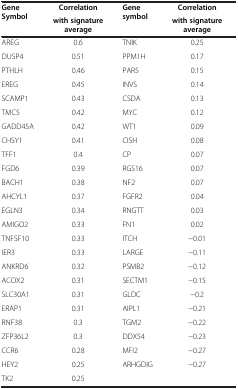
| <ROWSPAN=2> Gene Symbol | Correlation | <ROWSPAN=2> Gene symbol | Correlation |
 | with signature average | with signature average |
 | --- | --- | --- | --- |
 | AREG | 0.6 | TNIK | 0.25 |
 | DUSP4 | 0.51 | PPM1H | 0.17 |
 | PTHLH | 0.46 | PAR5 | 0.15 |
 | EREG | 0.45 | INVS | 0.14 |
 | SCAMP1 | 0.43 | CSDA | 0.13 |
 | TMC5 | 0.42 | MYC | 0.12 |
 | GADD45A | 0.42 | WT1 | 0.09 |
 | CHSY1 | 0.41 | CISH | 0.08 |
 | TFF1 | 0.4 | CP | 0.07 |
 | FGD6 | 0.39 | RGS16 | 0.07 |
 | BACH1 | 0.38 | NF2 | 0.07 |
 | AHCYL1 | 0.37 | FGFR2 | 0.04 |
 | EGLN3 | 0.34 | RNGTT | 0.03 |
 | AMIGO2 | 0.33 | FN1 | 0.02 |
 | TNFSF10 | 0.33 | ITCH | −0.01 |
 | IER3 | 0.33 | LARGE | −0.11 |
 | ANKRD6 | 0.32 | PSMB2 | −0.12 |
 | ACOX2 | 0.31 | SECTM1 | −0.15 |
 | SLC30A1 | 0.31 | GLDC | −0.2 |
 | ERAP1 | 0.31 | AIPL1 | −0.21 |
 | RNF38 | 0.3 | TGM2 | −0.22 |
 | ZFP36L2 | 0.3 | DDX54 | −0.23 |
 | CCR6 | 0.28 | MFI2 | −0.27 |
 | HEY2 | 0.25 | ARHGDIG | −0.27 |
 | TK2 | 0.25 |  |  |